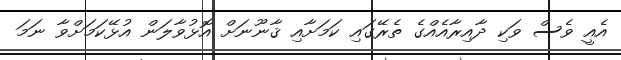
އެއީ ވެސް ވަކި ދާއިރާއެއްގެ ތެރޭގައި ކަމަށާއި ޤާނޫނަށް އޮޅުވާލަން އުޅޭކަމަށްވާ ނަމަ